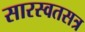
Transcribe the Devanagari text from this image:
सारस्वतसत्र